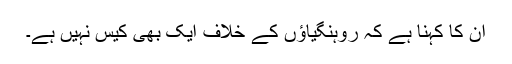
ان کا کہنا ہے کہ روہنگیاؤں کے خلاف ایک بھی کیس نہیں ہے۔